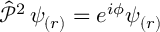
{ \hat { \mathcal { P } } } ^ { 2 } \, \psi _ { \left( r \right) } = e ^ { i \phi } \psi _ { \left( r \right) }